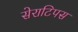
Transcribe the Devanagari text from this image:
सेराटिपस